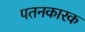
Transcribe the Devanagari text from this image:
पतनकारक